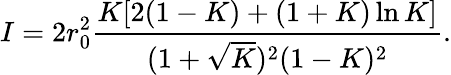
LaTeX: I=2r_{0}^{2}\frac{K[2(1-K)+(1+K)\ln K]}{(1+\sqrt{K})^{2}(1-K)^{2}}.